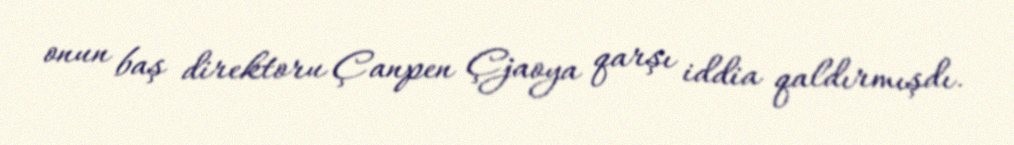
onun baş direktoru Çanpen Çjaoya qarşı iddia qaldırmışdı.